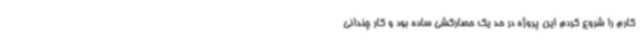
کارم را شروع کردم این پروژه در حد یک حصارکشی ساده بود و کار چندانی